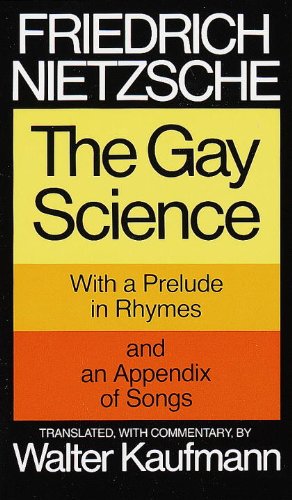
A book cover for The Gay Science: With a Prelude in Rhymes and an Appendix of Songs; Friedrich Nietzsche; Gay & Lesbian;